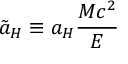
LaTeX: \tilde { a } _ { H } \equiv a _ { H } \frac { M c ^ { 2 } } { E }